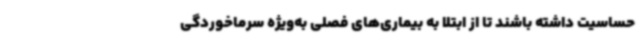
حساسیت داشته باشند تا از ابتلا به بیماری‌های فصلی به‌ویژه سرماخوردگی